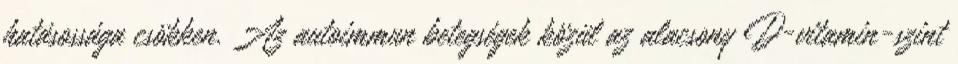
hatásossága csökken. Az autoimmun betegségek közül az alacsony D-vitamin-szint